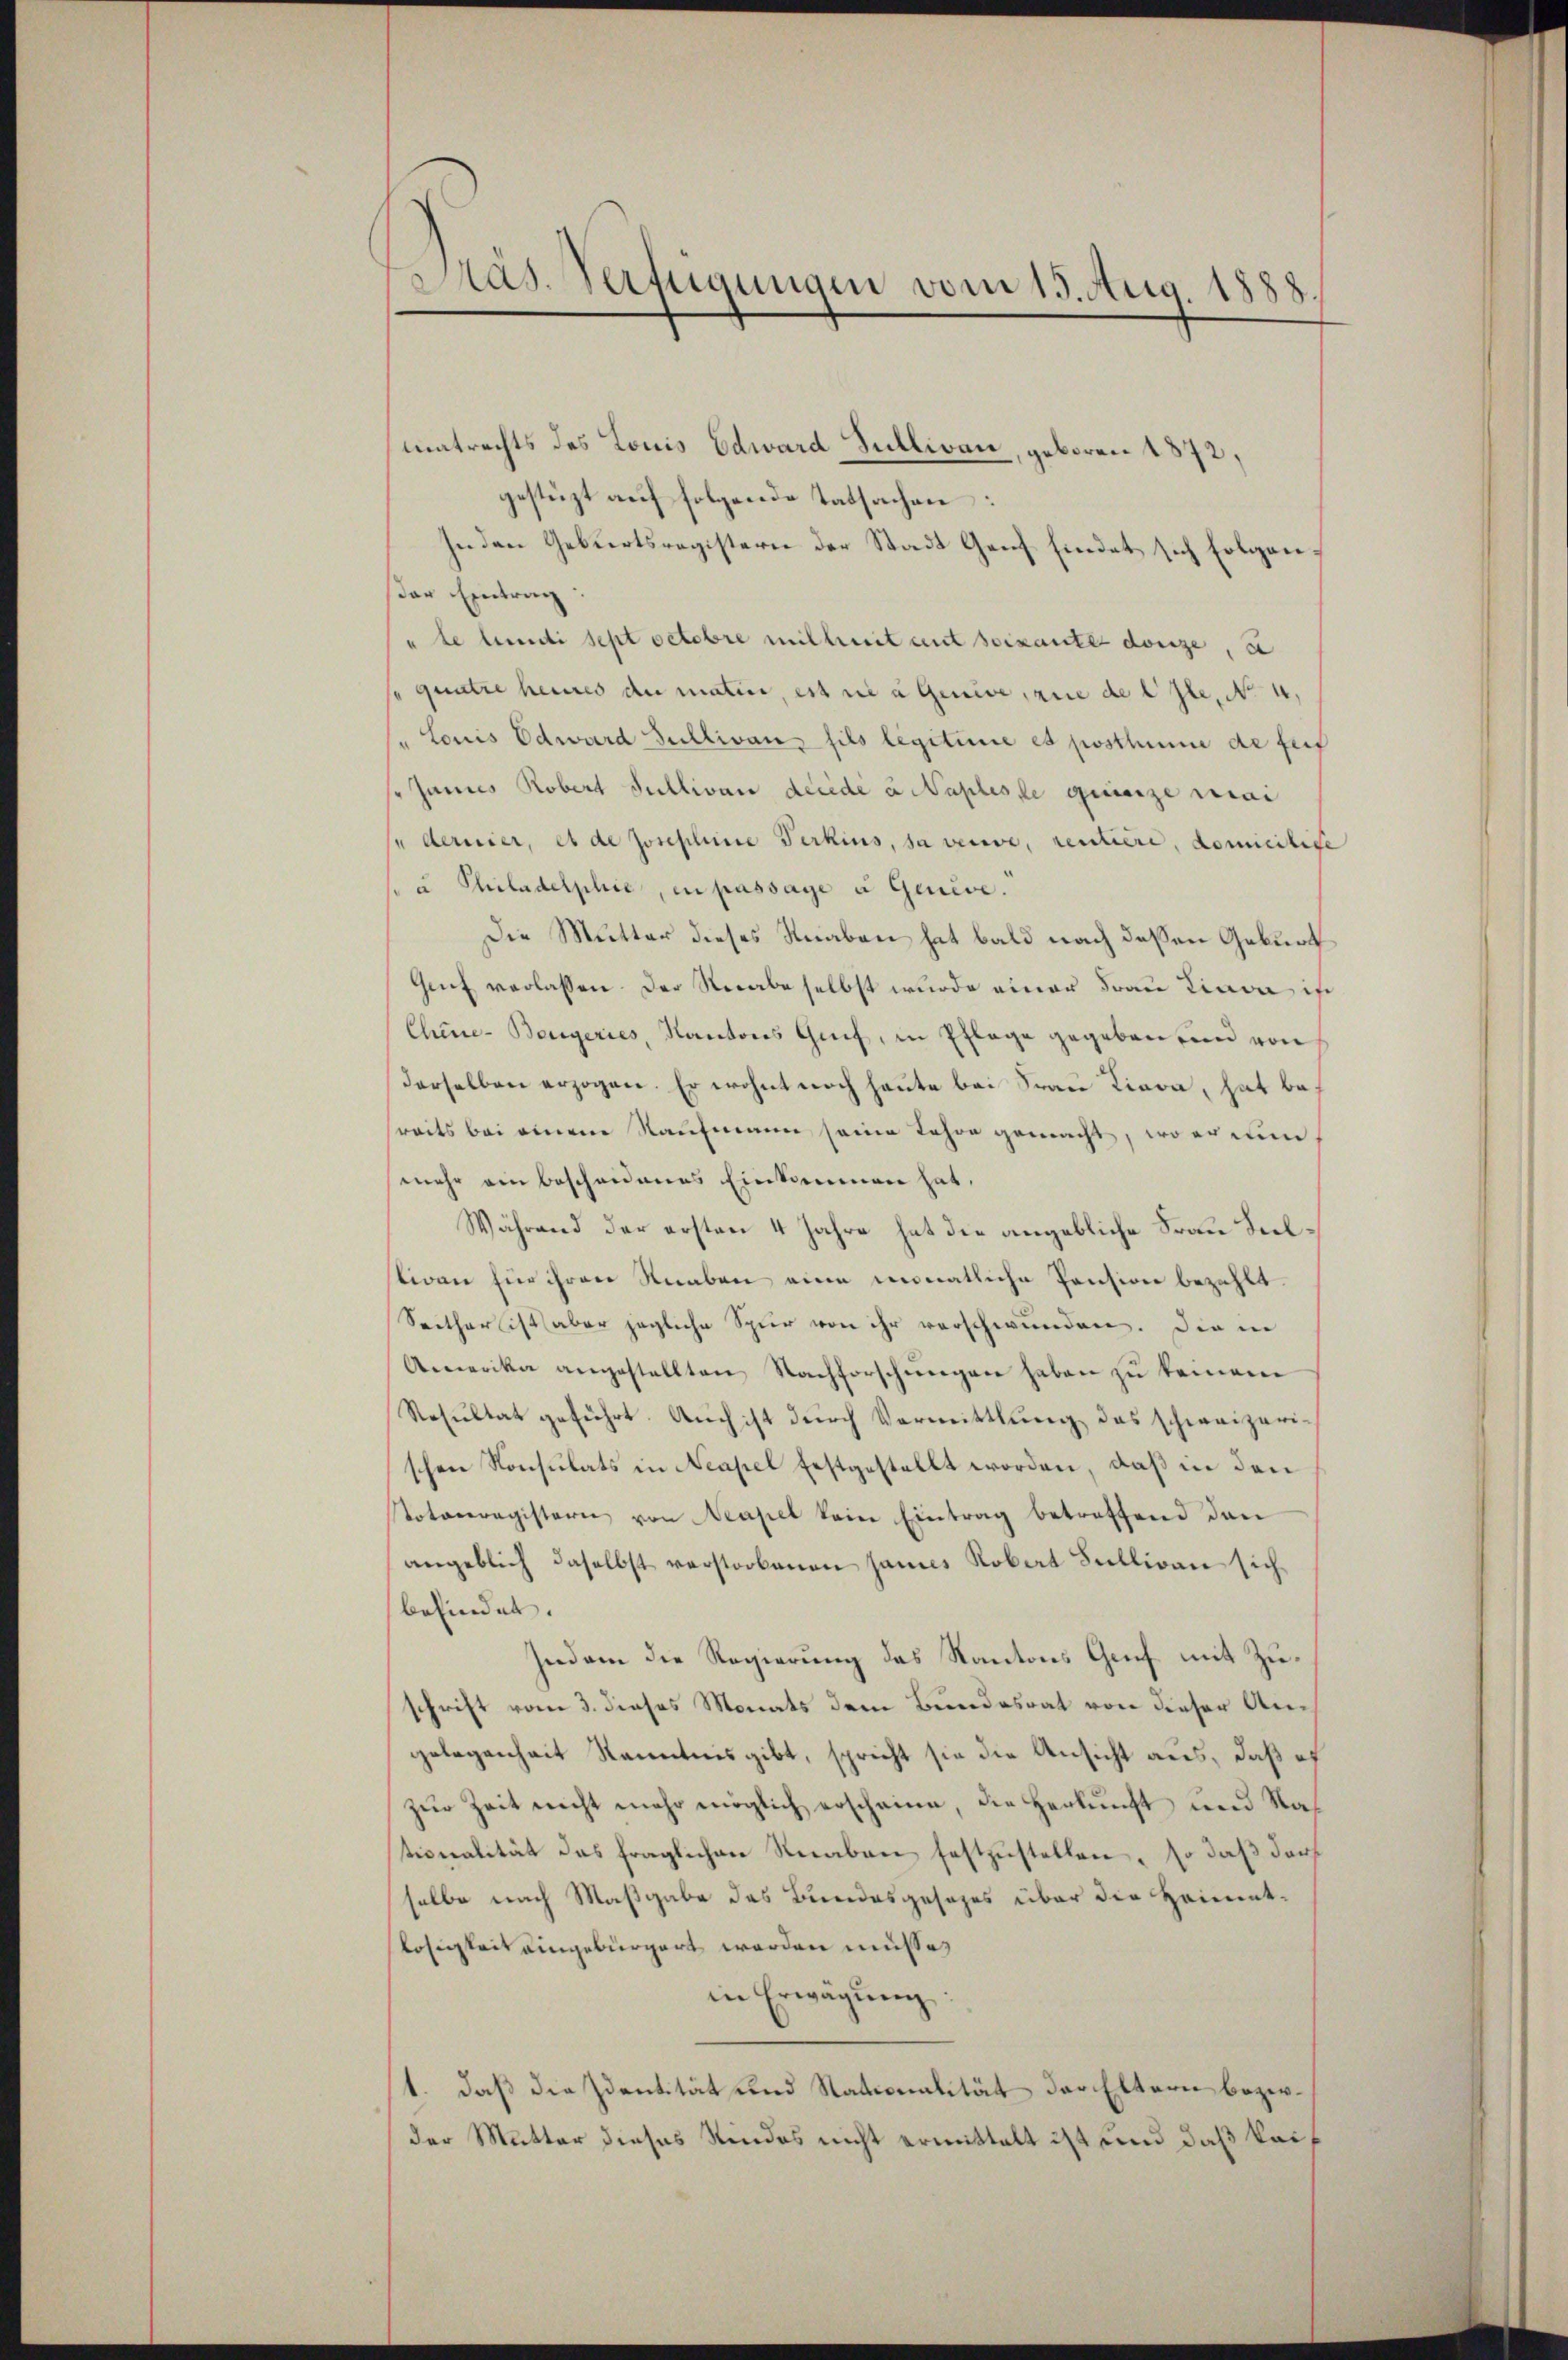
Pas. Verfügungen vom 15. Aug. 1888.

matrechts des Louis Edward Sullivan, geboren 1872,
gestüzt auf folgende Tatsachen:
Inden Geburtsregistern der Stadt Genf findet sich folgender Eintrag
"le lienti sept octobre mitheit mit soixante douze, u
quatre heures du matin, est nie a genie, wie de Cle, No 4
" Louis Edward Sultivan fils legitime es posthume de für
"Juniis Robert Sullivar décédé à Naplesse gereize mai
se dernier, es de Josephine Ferkins, sa veuve, rentiere, domicitige
u Philadelphie, in passage u Genève.
Die Mutter dieses Knaben hat bald nach dessen Geburt
Genf verlassen. Der Verabe selbst wurde einer Frau Liava ist
Chine-Bergeries, Kantons Grif, in Pflage gegeben ein von
derselben erzogen. Er wohnt noch heute bei Frau Liava, hat besreits bei einem aufmann seine Jahre gemacht, wo er nun
mehr ein bescheidenes Einkommen hat,
Während der ersten 4 Jahre hat die angebliche Frau Seelliven für ihren Knaben eine monatliche Pension bezahlt.
Seither ist aber jegliche Spier von ihr verschwunden. Die in
Amerika angestellten Nachforschŭngen haben zŭ keinen
Resultat geführt. Auch ist durch Vermittlung das schweizerischen Konsulats in Neapel festgestellt worden, daß in den
otaceregistern von Neapel kein Eintrag betreffend den
angeblich daselbst verstorbenen sames Robat Sulliven sich
befindet.
jedem die Regierung des Kantons Genf mit Zuschrift vom 3. dieses Monats dem Bundesrat von dieser Angelegenheit Kenntnis gibt, spricht sie die Ansicht aus, daß es
zur Zeit nicht mehr möglich erscheine, die Herkunft und Nationalität das fraglichen Reaben festzustellen, so daß darf
selbe nach Maßgabe des Bundesgesezes über die Heimatlosigkeit eingebürgert worden müsse,
in Erwägŭng
1. daß die Identität und Rationalität der Eltern bezirder Mutter dieses Kindes nicht ermittelt ist und daß kei¬